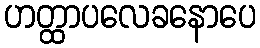
ဟတ္ထာပလေခနောပေ